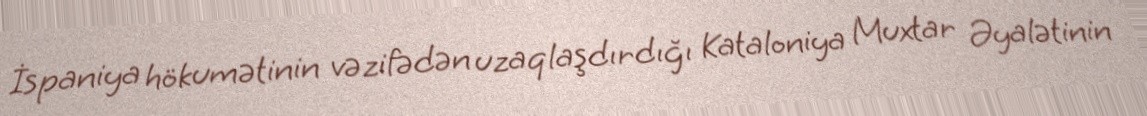
İspaniya hökumətinin vəzifədən uzaqlaşdırdığı Kataloniya Muxtar Əyalətinin